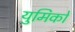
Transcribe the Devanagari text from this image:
युमिको